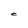
Character: C